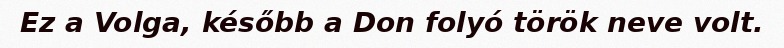
Ez a Volga, később a Don folyó török neve volt.